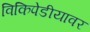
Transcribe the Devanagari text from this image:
विकिपेडीयावर